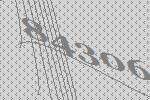
84306